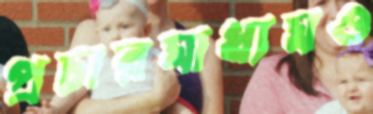
প্রচারমাধ্যমও